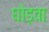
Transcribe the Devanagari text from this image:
घोड़वा